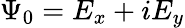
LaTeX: \Psi_{0}=E_{x}+iE_{y}